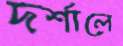
দর্শালে